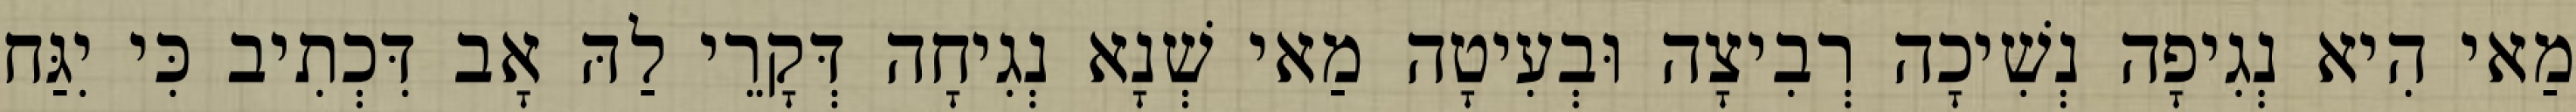
מַאי הִיא נְגִיפָה נְשִׁיכָה רְבִיצָה וּבְעִיטָה מַאי שְׁנָא נְגִיחָה דְּקָרֵי לַהּ אָב דִּכְתִיב כִּי יִגַּח